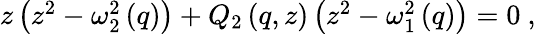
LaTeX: \begin{array}{r}{z\left(z^{2}-\omega_{2}^{2}\left(q\right)\right)+Q_{2}\left(q,z\right)\left(z^{2}-\omega_{1}^{2}\left(q\right)\right)=0\ ,}\end{array}